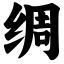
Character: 绸